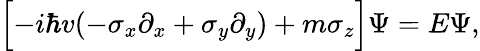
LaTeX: \Bigl[-i\hbar v(-\sigma_{x}\partial_{x}+\sigma_{y}\partial_{y})+m\sigma_{z}\Bigr]\Psi=E\Psi,